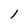
Character: 1